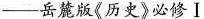
-岳麓版《历史》必修Ⅰ